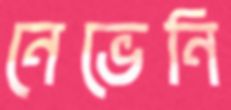
নেভেনি